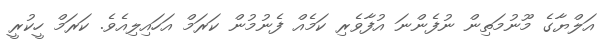
އަލްޔާގެ މޫނުމަތިން ނުފެންނަ އުފާވެރި ކަމެއް ފެނުމުން ކަރަމް އަހައިލިއެވެ. ކަރަމް ހީކުރީ